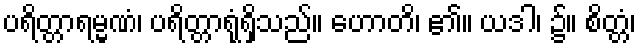
ပရိတ္တာရမ္မဏံ၊ ပရိတ္တာရုံရှိသည်။ ဟောတိ၊ ၏။ ယဒါ၊ ၌။ စိတ္တံ၊